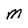
Character: M